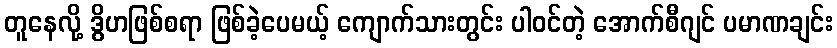
တူနေလို့ ဒွိဟဖြစ်စရာ ဖြစ်ခဲ့ပေမယ့် ကျောက်သားတွင်း ပါဝင်တဲ့ အောက်စီဂျင် ပမာဏချင်း